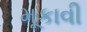
મૂકાવી